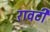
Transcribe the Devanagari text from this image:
रावटी